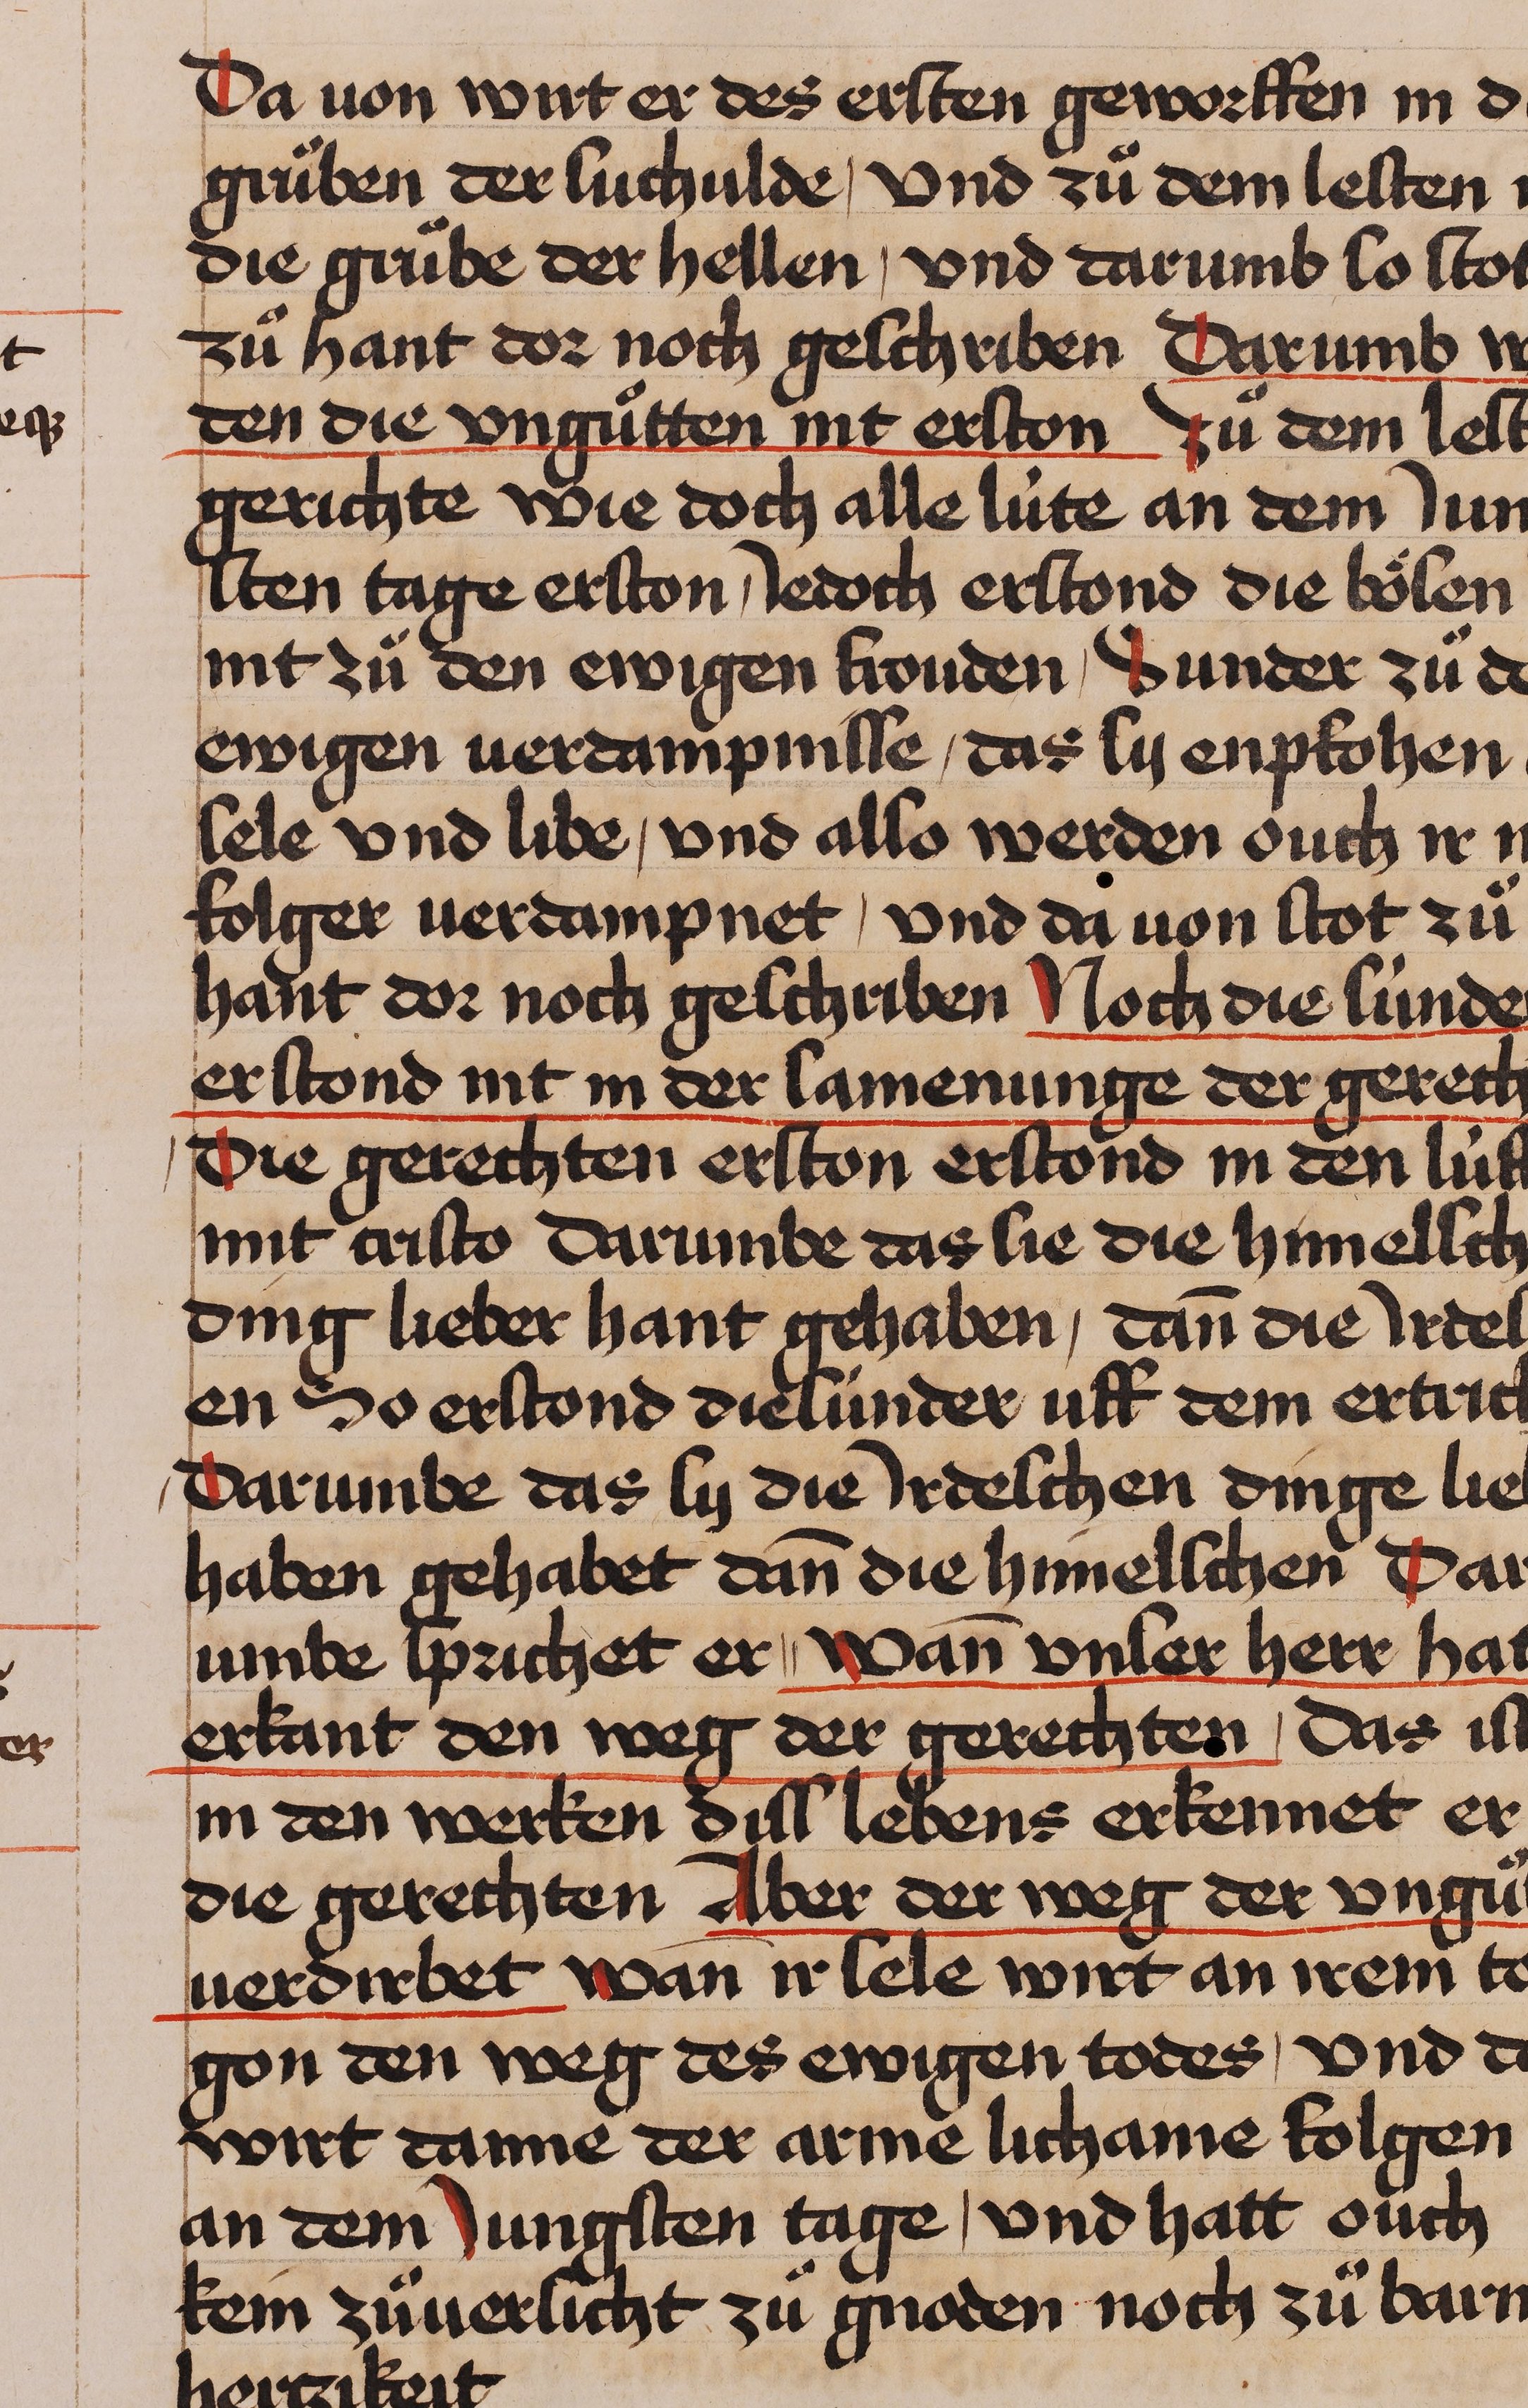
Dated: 1435–1465